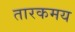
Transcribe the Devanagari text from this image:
तारकमय